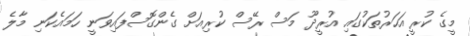
މީގެ ކުރީ އަހަރުތަކުގައި އުރީދޫ މަސް ރޭސް ކުރިއަށް ގެންގޮސްފައިވަނީ ހަމައެކަނި މާލެ